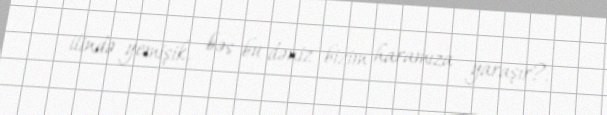
ilində yemişik, bəs bu dəniz bizim haramıza yaraşır?.